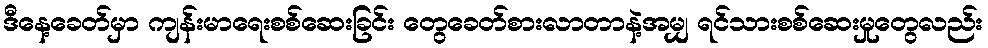
ဒီနေ့ခေတ်မှာ ကျန်းမာရေးစစ်ဆေးခြင်း တွေခေတ်စားလာတာနဲ့အမျှ ရင်သားစစ်ဆေးမှုတွေလည်း